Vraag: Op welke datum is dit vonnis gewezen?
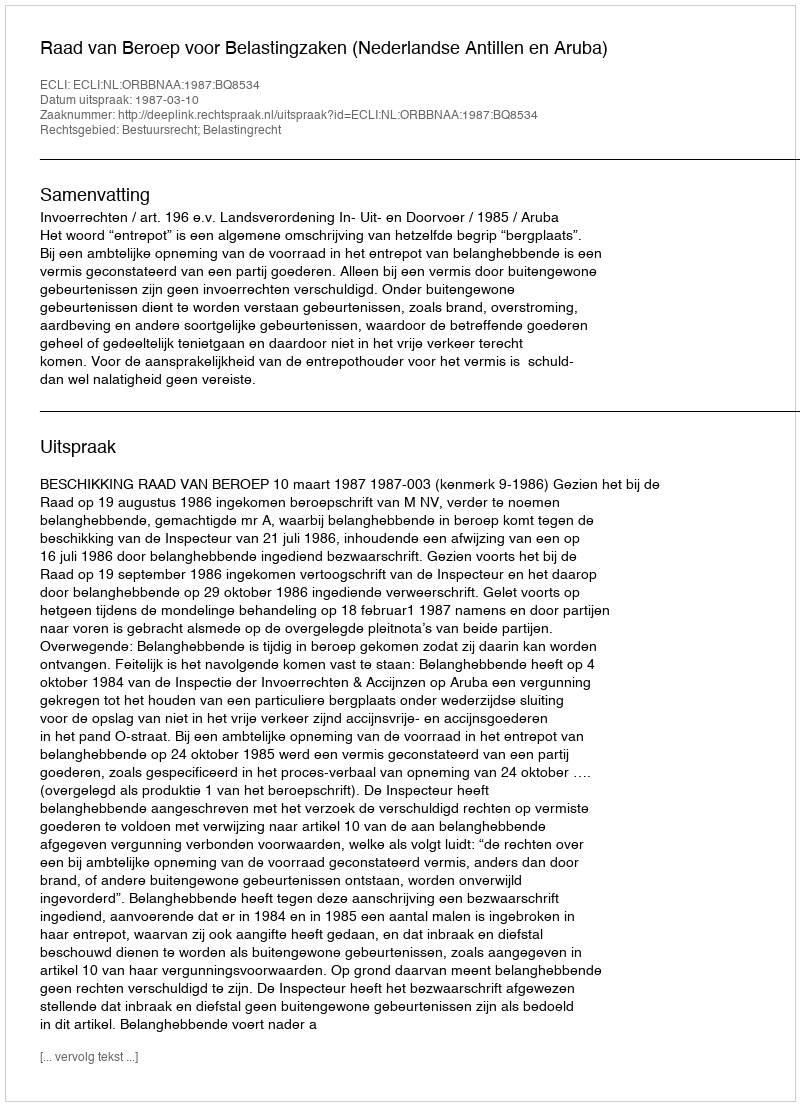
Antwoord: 1987-03-10